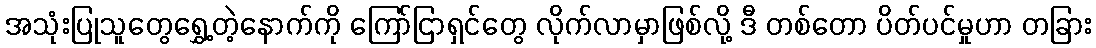
အသုံးပြုသူတွေရွှေ့တဲ့နောက်ကို ကြော်ငြာရှင်တွေ လိုက်လာမှာဖြစ်လို့ ဒီ တစ်တော ပိတ်ပင်မှုဟာ တခြား